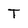
Character: T